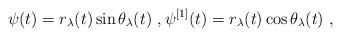
LaTeX: \begin{align*}\psi(t)=r_{\lambda}(t)\sin\theta_{\lambda}(t)\ ,\psi^{[1]}(t)=r_{\lambda}(t)\cos\theta_{\lambda}(t)\ ,\end{align*}